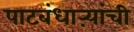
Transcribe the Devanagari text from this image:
पाटबंधाऱ्यांची